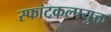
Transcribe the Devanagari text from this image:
स्फाटकल्पयुक्त